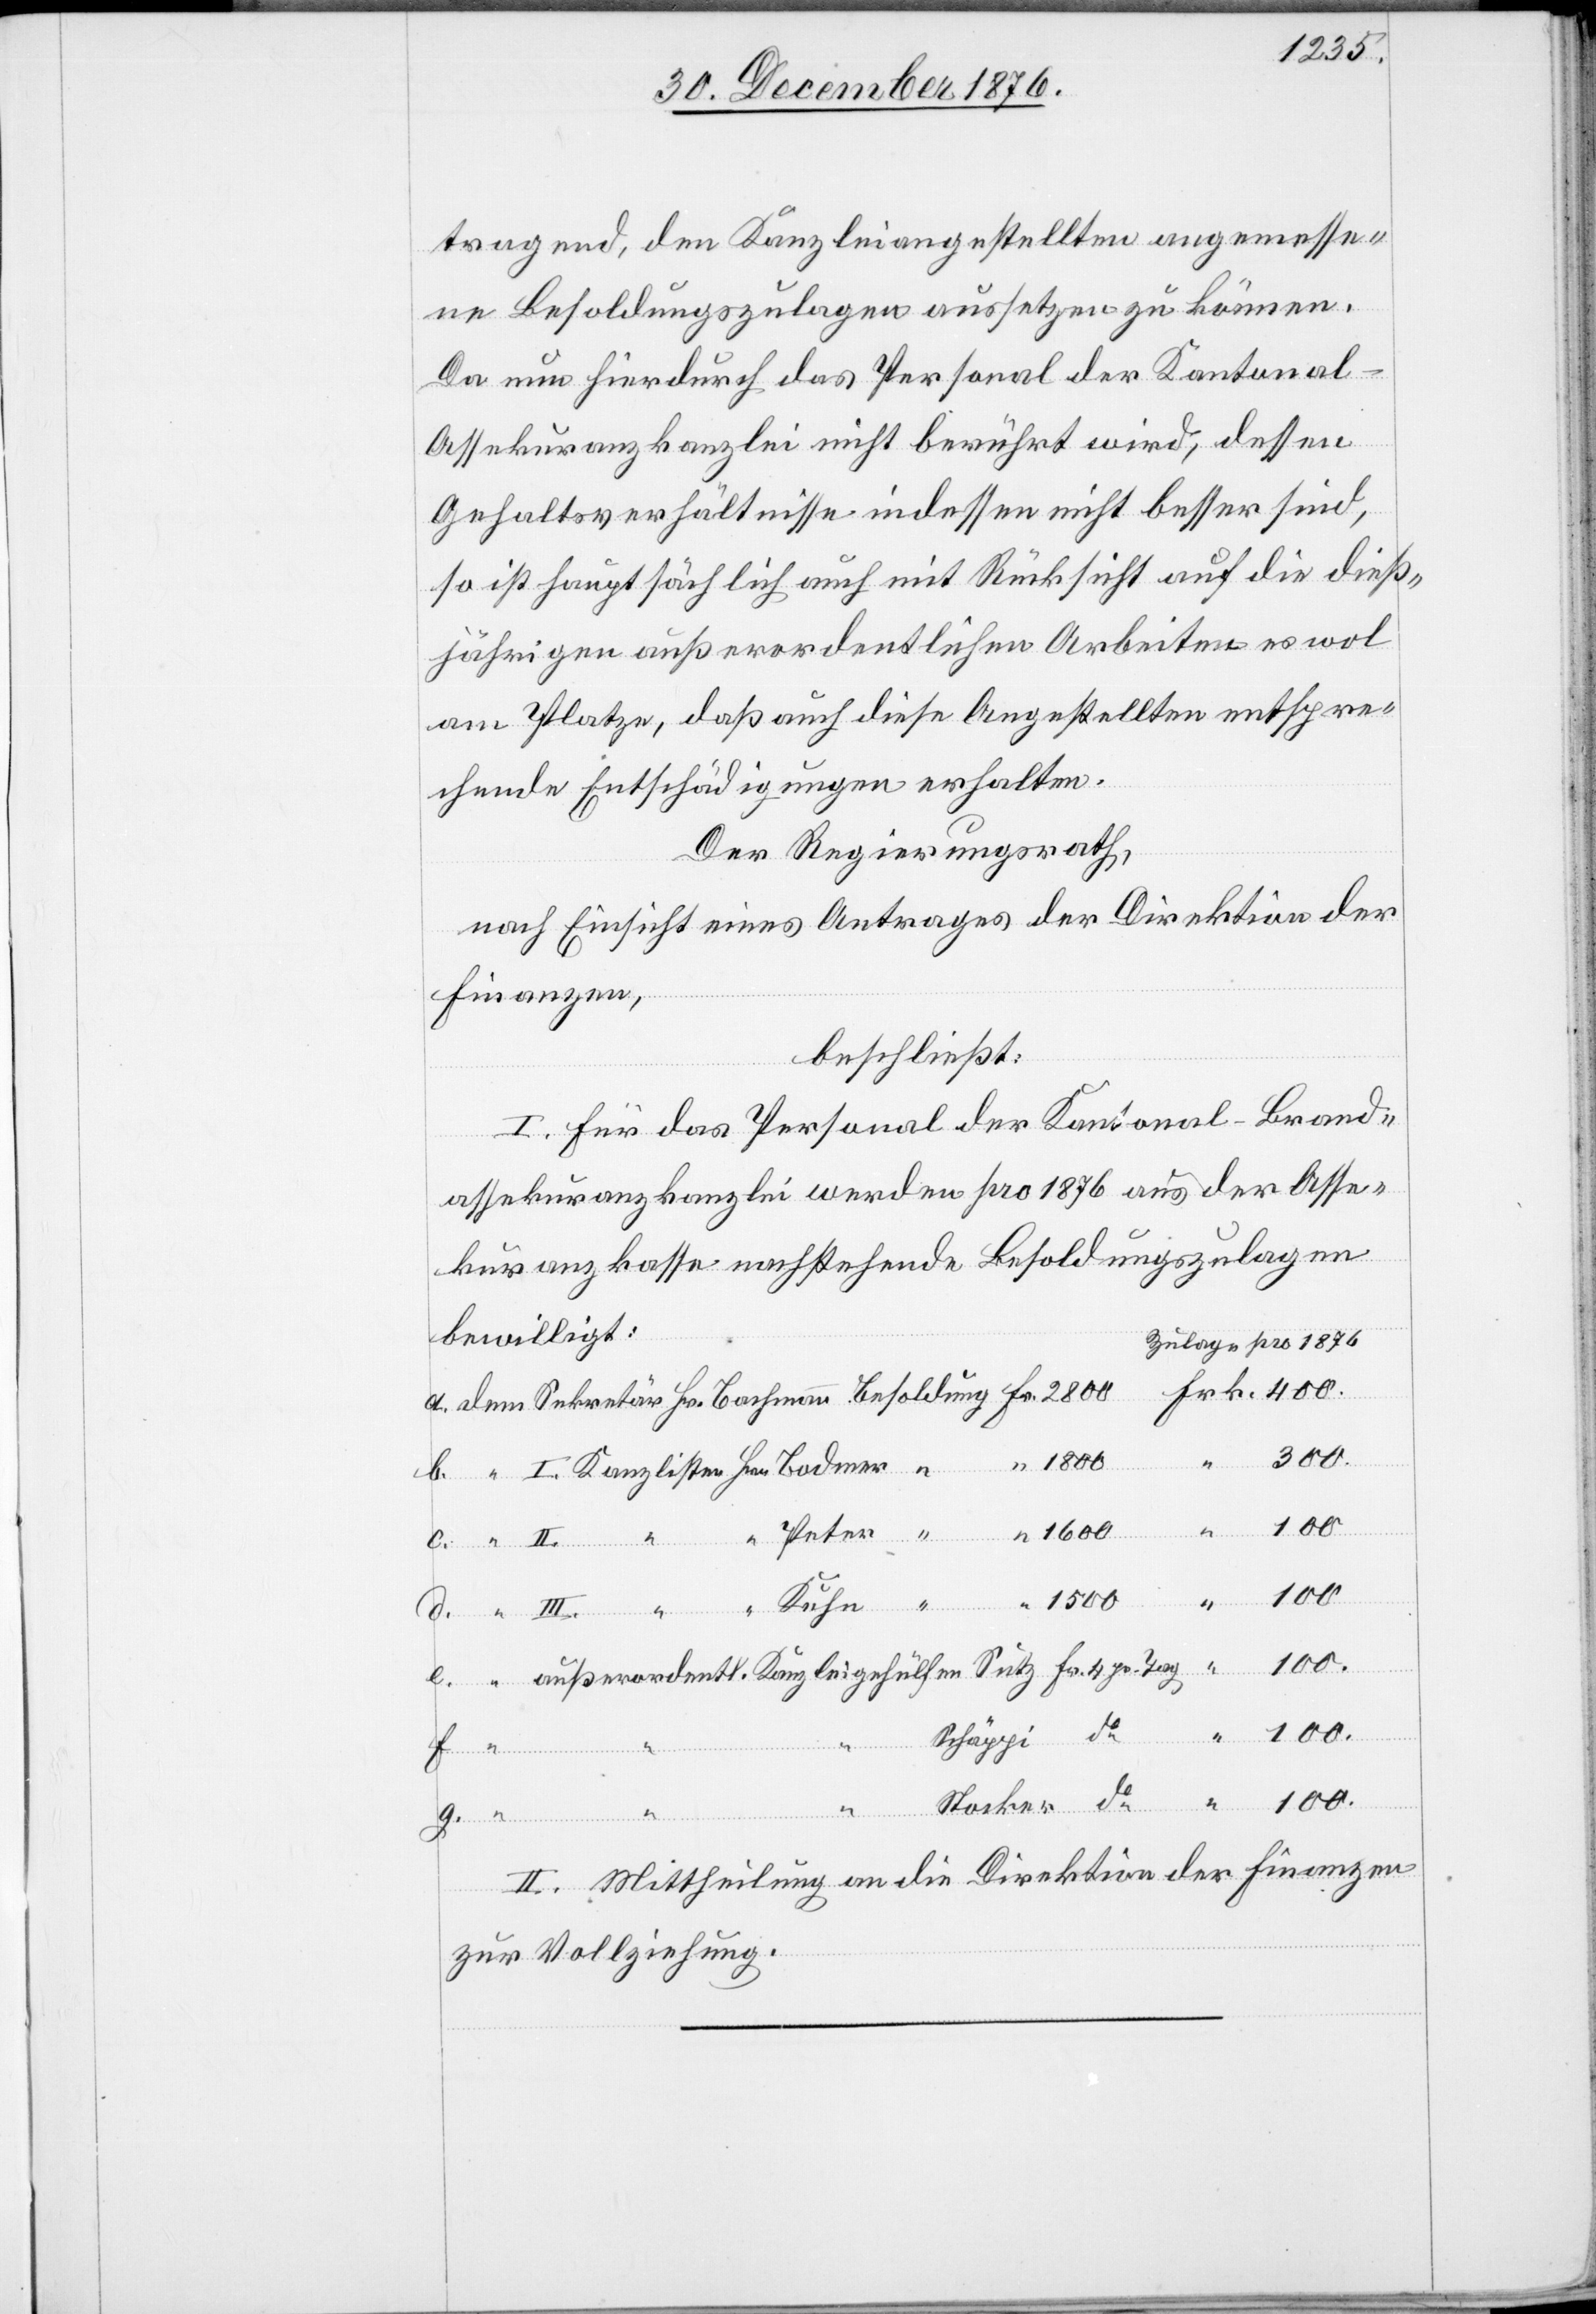
tragend, den Kanzleiangestellten angemesse¬
ne Besoldungszulagen aussetzen zu können.
Da nun hierdurch das Personal der Kantonal-A¬
ssekuranzkanzlei nicht berührt wird, dessen
Gehaltsverhältnisse indessen nicht besser sind,
so ist hauptsächlich auf mit Rücksicht auf die dieß¬
jährigen außerordentlichen Arbeiten es wol
am Platze, daß auch diese Angestellten entspre¬
chende Entschädigungen erhalten.
Der Regierungsrath,
nach Einsicht eines Antrages der Direktion der
Finanzen,
beschließt:
I. Für das Personal der Kantonal-Brand¬
assekuranzkanzlei werden pro 1876 aus der Asse¬
kuranzkasse nachstehende Besoldungszulagen
bewilligt:
Zulage pro 1876
Stocker
“
entl.
II. Mittheilung an die Direktion der Finanzen
zur Vollziehung.